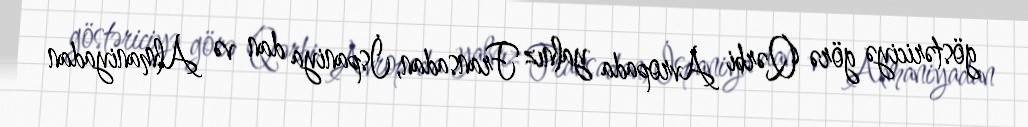
göstəriciyə görə Qərbi Avropada yalnız Fransadan, İspaniya dan və Almaniyadan